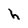
Character: h